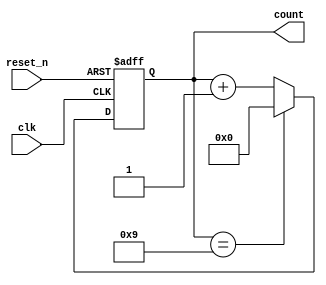
module bcd_counter (
    input wire clk,            // Clock input
    input wire reset_n,       // Active-low asynchronous reset
    output reg [3:0] count     // 4-bit BCD output
);

// Always block triggered by the clock edge
always @(posedge clk or negedge reset_n) begin
    if (!reset_n) begin
        count <= 4'b0000;     // Asynchronous reset to 0
    end else begin
        if (count == 4'b1001) begin
            count <= 4'b0000; // Reset to 0 when count reaches 10
        end else begin
            count <= count + 1; // Increment the count
        end
    end
end

endmodule